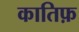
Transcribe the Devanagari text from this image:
कातिफ़